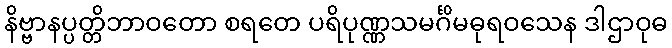
နိဗ္ဗာနပ္ပတ္တိဘာဝတော စရတေ ပရိပုဏ္ဏသမင်္ဂိမဓုရဝသေန ဒါဌာဝုဓ